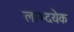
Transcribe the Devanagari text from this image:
लाभ्दयेक